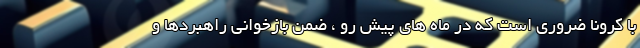
با کرونا ضروری است که در ماه های پیش رو ، ضمن بازخوانی راهبردها و